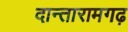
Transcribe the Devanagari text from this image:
दान्तारामगढ़